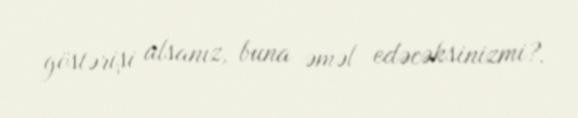
göstərişi alsanız, buna əməl edəcəksinizmi?.